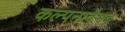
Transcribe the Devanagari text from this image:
कल्पनावैभव